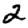
Digit: 2